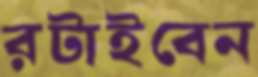
রটাইবেন